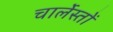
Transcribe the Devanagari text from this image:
चार्लेस्तों